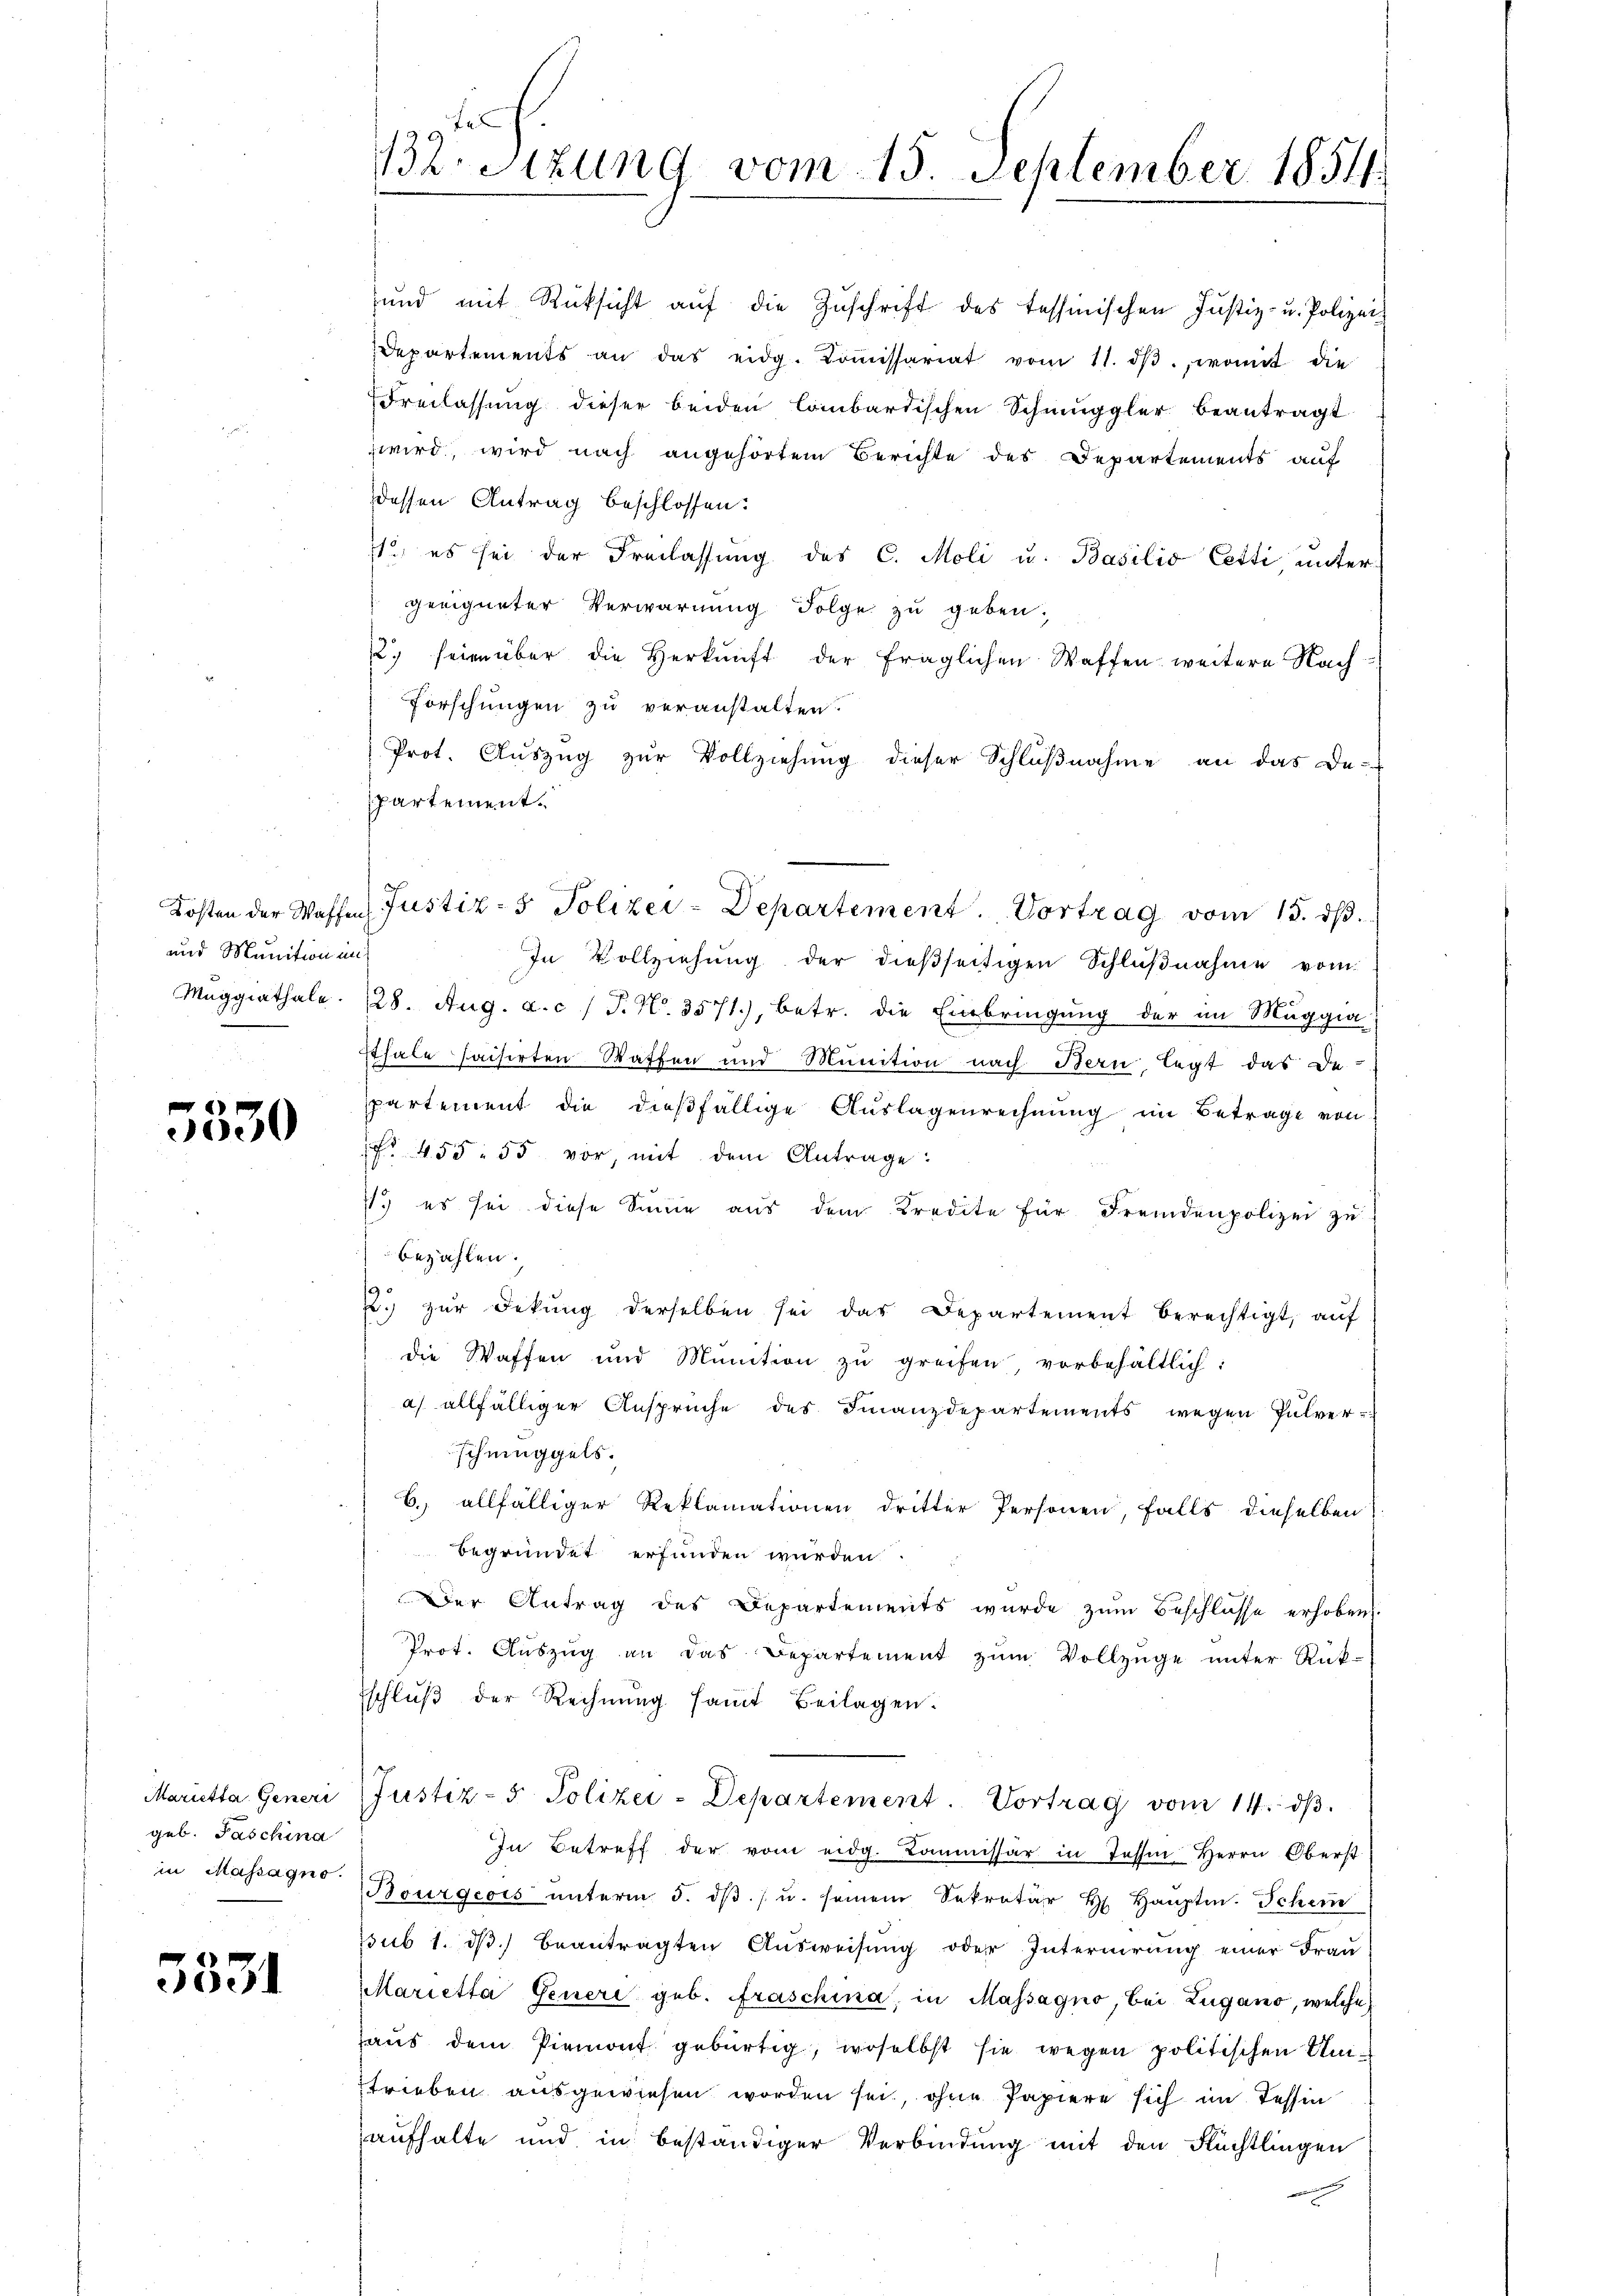
und Munition in

5530

Marietta Generi
geb. Paschina
in Massagno.

5331

12. Sitzung vom 15. September 1851.

Departements an das eidg. Koṁissariat vom 11. dβ. womit die
Freilassung dieser beiden Combardischen Schmuggler beantragt
wird, wird nach angehörtem Berichte des Departements auf
dessen Antrag beschlossen:
11, es sei der Freilassung des C. Moli u. Basilio Cetti untergeeigneter Verwarnung Folge zu geben.
2) seien über die Herkunft der fraglichen Waffen weitere Nach¬
Forschungen zu veranstalten.
Prot. Auszug zur Vollziehung dieser Schlußnahme an das De-
partement.
In Vollziehung der dießseitigen Schlußnahme vom
Maggiathale. 128. Aug. a. c. / P. Nr. 3571), betr. die Einbringung der im Muggia
sthale haisirten Waffen und Munition nach Bern legt das De-
partement die dießfällige Auslagenrechnung im Betrage von
 455. 55 vor, mit dem Antrage:
71.) es sei diese Sinne aŭs dem Kredite für Fremdenpolizei zu
bezahlen.
2.) zur Dekŭng derselben sei das Departement berechtigt, auf
die Waffen und Munition zu greifen, vorbehältlich:
a) allfälliger Ansprüche des Finanzdepartements wegen Pulver-
schmuggels.
b.) allfälliger Reklamationen dritter Personen, falls dieselben
begründet erfunden wurden.
Der Antrag des Departements wurde zum Beschlüsse erhobens
Prot. Aŭszŭg an das Departement zŭm Vollzüge unter Rück-
schlŭβ der Rechnung samt Beilagen.
Justiz- & Polizei-Departement. Vortrag vom 14. dβ.
In Betreff der vom eidg. Kommissär in Tessin Herrn Oberst
Bourgeois ŭnterm 5. dβ. / u. seinem Sekretär H. Haŭptm. Schem
sub 1. dβ beantragten Ausweisung oder Internirung einer Frau
Marietta Generi geb. Fraschina, in Massagno, bei Zugano, welche
haus dem Piemont gebürtig, woselbst sie wegen politischen Untrieben ausgewiesen worden sei, ohne Papiere sich im Tessin
aufhalte und in beständiger Verbindung mit den Flüchtlingen

sund mit Rüksicht aŭf die Zŭschrift des Tessinischen Justiz- u. Polizei-

Kosten der Waffen Justiz- & Polizei-Departement. Vortrag vom 15. ds.